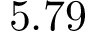
5 . 7 9